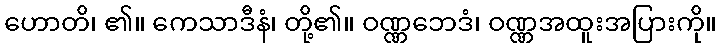
ဟောတိ၊ ၏။ ကေသာဒီနံ၊ တို့၏။ ဝဏ္ဏဘေဒံ၊ ဝဏ္ဏအထူးအပြားကို။